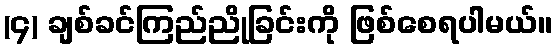
(၄) ချစ်ခင်ကြည်ညိုခြင်းကို ဖြစ်စေရပါမယ်။